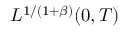
L ^ { 1 / ( 1 + \beta ) } ( 0 , T )